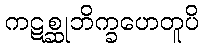
ကဋစ္ဆုဘိက္ခဟေတူပိ